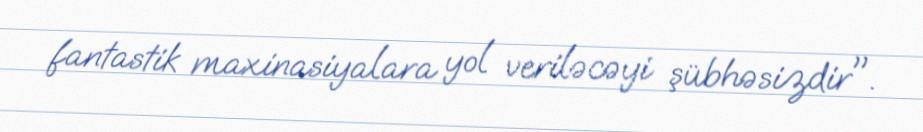
fantastik maxinasiyalara yol veriləcəyi şübhəsizdir".